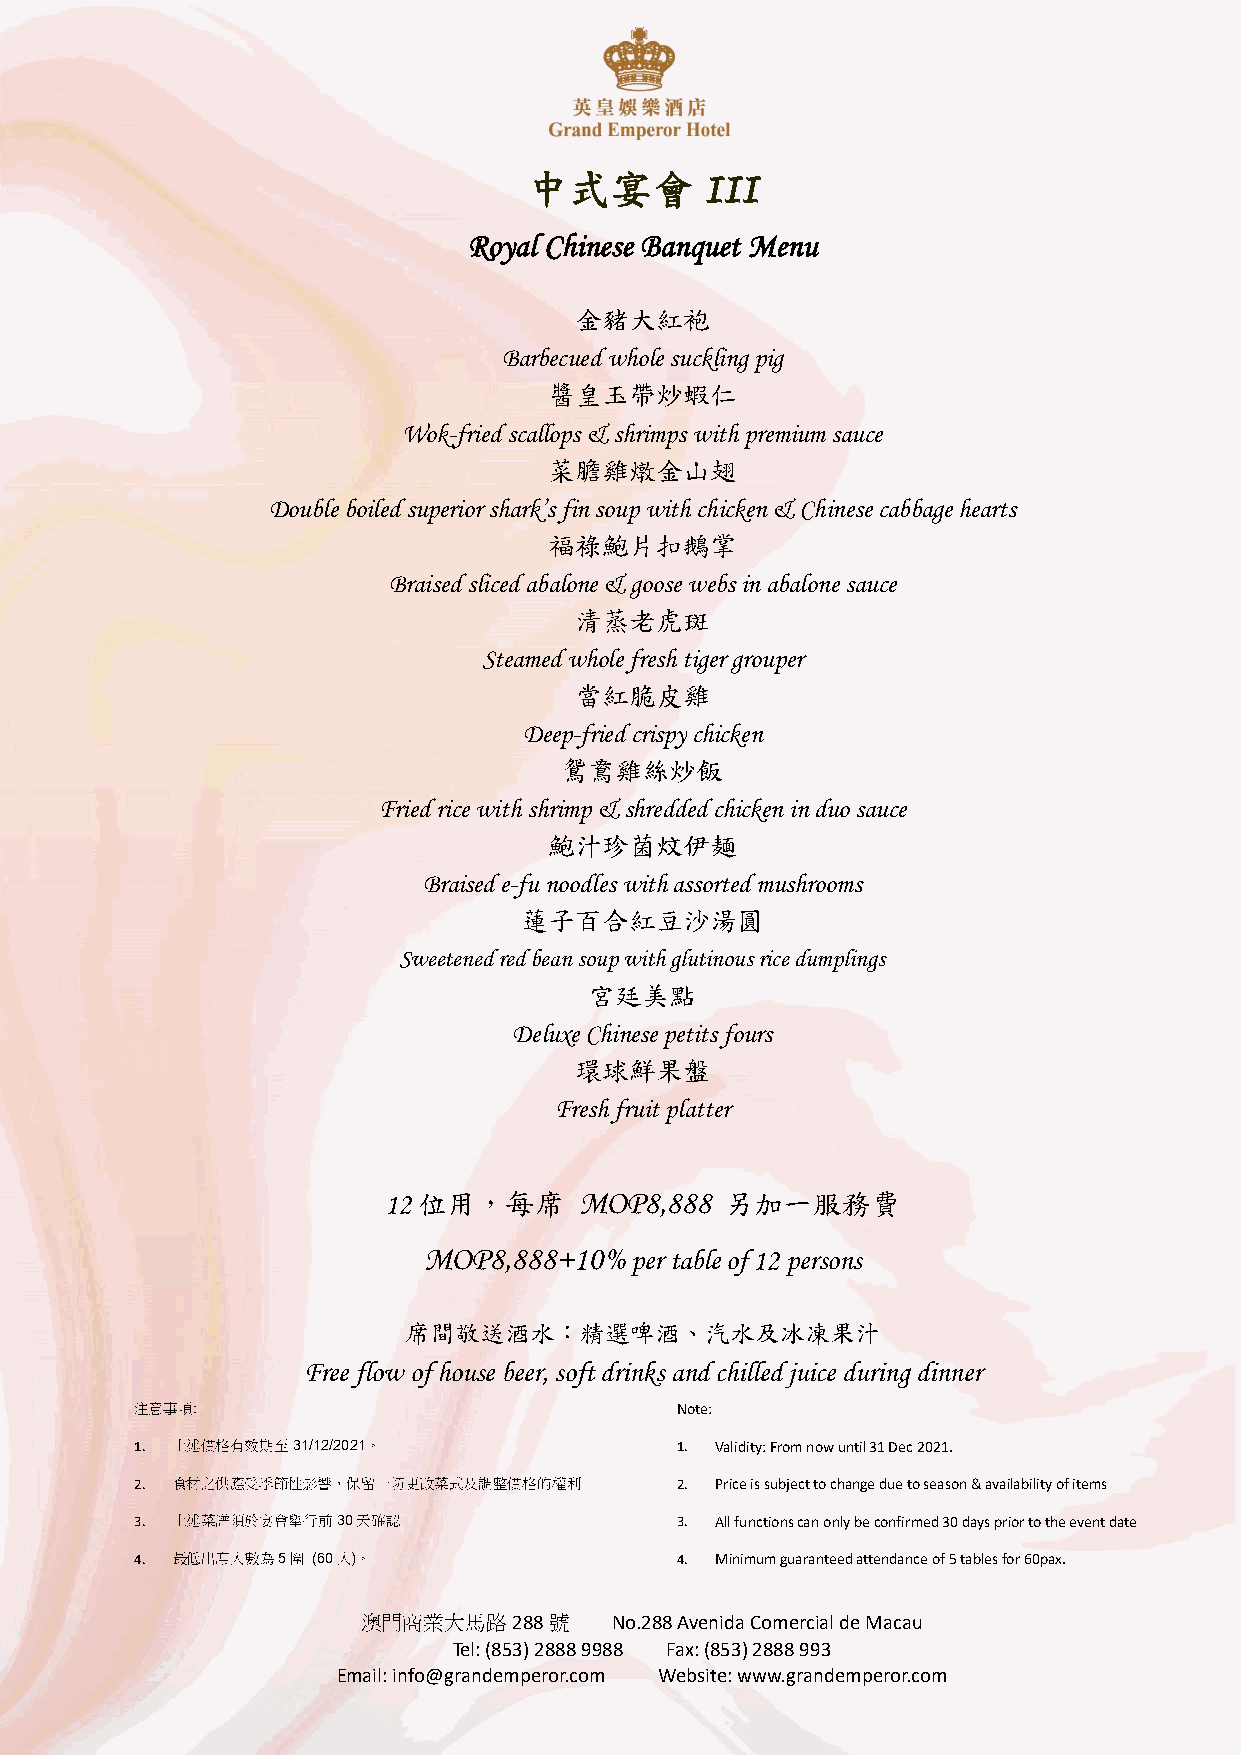
中式宴會
 III
 Royal Chinese Banquet Menu
 金豬大紅袍
 Barbecued whole suckling pig
 醬皇玉帶炒蝦仁
 Wok-fried scallops & shrimps with premium sauce
 菜膽雞燉金山翅
 Double boiled superior shark’s fin soup with chicken & Chinese cabbage hearts
 福祿鮑片扣鵝掌
 Braised sliced abalone & goose webs in abalone sauce
 清蒸老虎斑
 Steamed whole fresh tiger grouper
 當紅脆皮雞
 Deep-fried crispy chicken
 鴛鴦雞絲炒飯
 Fried rice with shrimp & shredded chicken in duo sauce
 鮑汁珍菌炆伊麺
 Braised e-fu noodles with assorted mushrooms
 蓮子百合紅豆沙湯圓
 Sweetened red bean soup with glutinous rice dumplings
 宮廷美點
 Deluxe Chinese petits fours
 環球鮮果盤
 Fresh fruit platter
 12 位用，每席     MOP8,888  另加一服務費
 MOP8,888+10%  per table of 12 persons
 席間敬送酒水：精選啤酒、汽水及冰凍果汁
 Free flow of house beer, soft drinks and chilled juice during dinner
 注意事項:                               Note:
 1. 上述價格有效期至31/12/2021。              1. Validity: From now until 31 Dec 2021.
 2. 食材之供應受季節性影響，保留一切更改菜式及調整價格的權利     2. Price is subject to change due to season & availability of items
 3. 上述菜譜須於宴會舉行前30天確認                 3. All functions can only be confirmed 30 days prior to the event date
 4. 最低出席人數為5圍 (60人)。                 4. Minimum guaranteed attendance of 5 tables for 60pax.
 澳門商業大馬路288號     No.288 Avenida Comercial de Macau
 Tel: (853) 2888 9988 Fax: (853) 2888 993
 Email: info@grandemperor.com Website: www.grandemperor.com